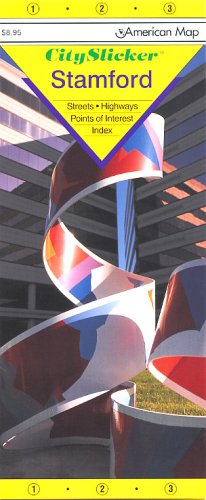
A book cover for Stamford, Ct City Slicker; American Map Corporation; Travel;